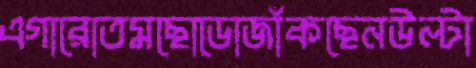
এগারোতমছোডোজাঁকছেনউল্টা